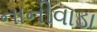
નાનીવાડા